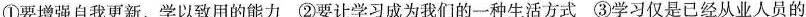
①要增强自我更新、学以致用的能力 ②要让学习成为我们的一种生活方式 ③学习仅是已经从业人员的